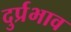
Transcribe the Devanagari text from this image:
दुर्प्रभाव